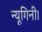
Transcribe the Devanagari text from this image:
न्यूगिनी।